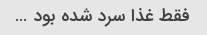
فقط غذا سرد شده بود …